Vaccination Hyderabad 1890-1903 - 1890-1903
Year: 1890
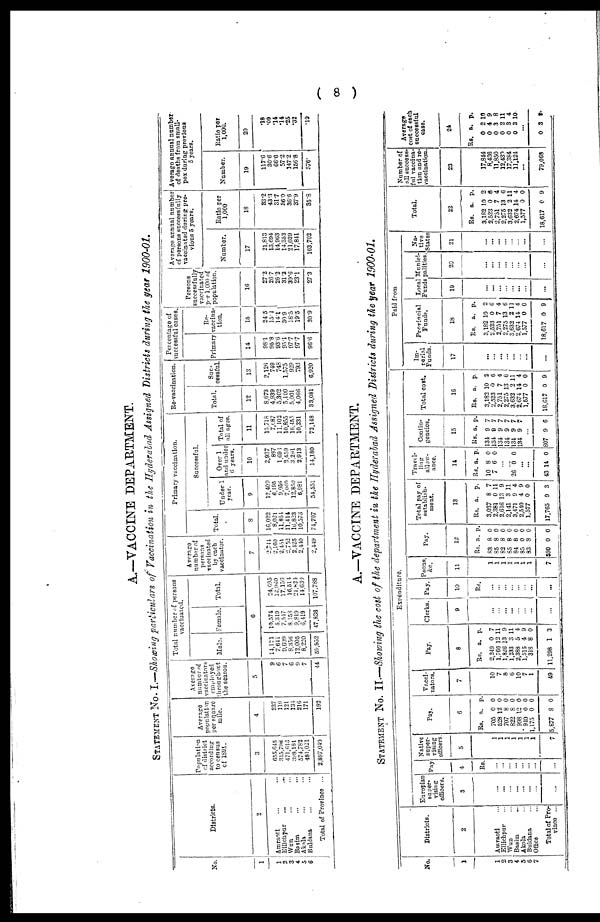
( 8 )
A.—VACCINE DEPARTMENT.
STATEMENT No. I.—Showing particulars of Vaccination in the Hyderabad Assigned Districts during the year 1900-01.
No.
1
1
2
3
4
5
6
Districts.
2
Amraoti ... ...
Ellichpur ... ...
Wun ... ...
Basim ... ...
Akola ... ...
Buldana ... ...
Total of Province ...
Population
of district
according
to census
of 1891.
3
655,645
315,798
471,613
398,181
574,782
481,021
2,897,040
Average
population
per square
mile.
4
237
119
121
134
216
171
192
Average
number of
vaccinators
employed
throughout
the season.
5
9
6
7
6
9
7
44
Total number of persons
vaccinated.
Male. Female. Total.
6
14,121
7,641
9,609
8,356
12,005
8,220
59,952
10,574
5,319
7,547
8,158
9,819
6,419
47,836
24,695
12,960
17,156
16,514
21,824
14,639
107,788
Average
number of
persons
vaccinated
by each
vaccinator.
7
2,744
2,160
2,451
2,752
2,425
2,440
2,449
Primary vaccination.
Total.
8
16,022
8,021
11,854
11,414
16,823
10,573
74,707
Successful.
Under 1
year.
9
12,409
6,195
9,056
7,060
12,850
6,981
54,551
Over 1
and under
6 years.
10
2,937
887
1,698
2,459
3,291
2,913
14,180
Total of
all ages.
11
15,718
7,687
11,102
10,855
16,455
10,331
72,148
Re-vaccination.
Total.
12
8,673
4,939
5,302
5,100
5,001
4,066
33,081
Suc-
cessful.
13
2,126
749
748
1,575
929
793
6,920
Percentage of
successful cases.
Primary
14
98.1
95.8
93.6
95.1
97.7
97.7
96.6
Re-
vaccina-
tion.
15
24.5
15.1
14.1
30.9
18.5
19.5
20.9
Persons
successfully
vaccinated
per 1,000 of
population.
16
27.2
26.7
26.2
31.2
30.6
23.1
27.3
Average annual number
of parsons successfully
vaccinated during pre-
vious 5 years.
Number.
17
21,813
13,694
14,963
14,352
21,039
17,841
103,702
Ratio per
1,000
18
33.2
43.3
31.7
36.0
36.6
37.9
35.8
Average annual number
of deaths from small-
pox during previous
5 years.
Number.
19
117.6
30.6
66.6
57.2
147.2
156.8
576.
Ratio per
1,000.
20
.18
.09
.14
.14
.25
.32
.19
A.—VACCINE DEPARTMENT.
STATEMENT No. II—Showing the cost of the department in the Hyderabad Assigned Districts during the year 1900-01.
No.
1
1
2
3
4
5 6
7
Districts.
2
Amraoti ...
Ellichpur ...
Wun ...
Basim ...
Akola ...
Buldana ...
Office ...
Total of Pro-
vince ..
Expenditure.
Europian
super¬
vising
officers.
3
...
...
...
...
... ...
...
...
Pay
4
Rs.
...
...
...
...
... ...
...
...
Native
super-
vising
officers.
5
1
1
1
1
1
1
1
7
Pay.
6
Rs.
705
528
707
822
998
940
1,175
5,877
a.
0
12
8
8
12
0
0
8
p.
0
0
0
0
0
0
0
0
Vacci-
nators.
7
10
7
8
6
10
7
1
49
Pay.
8
Rs.
2,249
1,766
1,826
1,233
2,388
1,515
318
11,298
a.
0
12
13
3
5
4
8
1
p.
7
11
9
11
4
9
0
3
Clerks.
9
...
...
... ...
... ...
...
...
Pay.
10
Rs.
...
...
...
...
... ...
...
...
Peons,
&c.
11
1
1
1
1
1
1
1
7
Pay.
12
Rs.
83
85
82
85
84
85
83
590
a.
8
8
8
8
8
0
8
0
p.
0
0
0
0
0 0
0
0
Total pay of
establish-
ment.
13
Rs.
3,037
2,381
2,616
2,141
3,471
2,540
1,577
17,765
a.
8
0
13
3
9
4
0
9
p.
7
11 9
11
4
9
0
3
Travel-
ling
allow¬
ance.
14
Rs.
10
7
a.
8
6
p.
0
0
...
... 26 0 0
...
...
43 14 0
Contin¬
gencies.
15
Rs.
134
134
134
134
134
134
a.
9
9
9
9
9
9
p.
7
7
7
7
7
7
...
807 9 6
Total
cost.
16
Rs.
3,182
2,523
2,751
2,275
3,632
2,674
1,577
18,617
a.
10
0
7
13
2
14
0
0
p.
2
6
4
6
11
4
0
9
Paid from
Im-
perial
Funds.
17
...
...
...
...
... ...
...
...
Provincial
Funds.
18
Rs.
3,182
2,523
2,751
2,275
3,632
2,674
1,577
18,617
a.
10
0
7
13
2
14
0
0
p.
2
6
4
6
11
4
0
9
Local
Funds
19
...
...
...
...
... ...
...
...
Munici¬
palities.
20
...
...
... ...
... ...
...
...
Na¬
tive
States
21
...
...
...
...
... ...
...
...
Total.
22
Rs.
3182
2,523
2,751
2,275
3,632 2,674
1,577
18,617
a.
10
0
7
13
2
14
0
0
p.
2
6
4
6
11 4
0
9
Number of
all success¬
ful vaccina-
tion and re-
vaccination.
23
17,844
8,436
11,850
12,430
17,384 11,124
...
79,068
Average
cost of each
successful
case.
24
Rs.
0
0
0
0
0 0
a.
2
4
3
2
3 3
p.
10
9 8
11
4 10
...
0 3 3